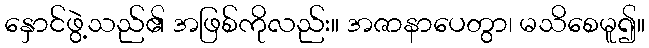
နှောင်ဖွဲ့သည်၏ အဖြစ်ကိုလည်း။ အဇာနာပေတွာ၊ မသိစေမူ၍။